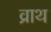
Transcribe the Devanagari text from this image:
व्राथ